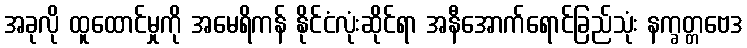
အခုလို ထူထောင်မှုကို အမေရိကန် နိုင်ငံလုံးဆိုင်ရာ အနီအောက်ရောင်ခြည်သုံး နက္ခတ္တဗေဒ